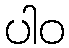
ပါဝ